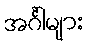
အင်္ဂါများ